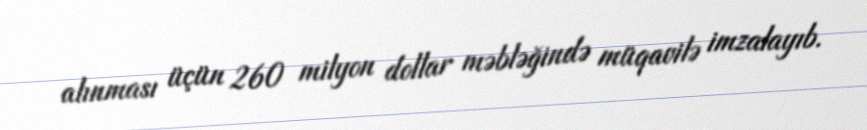
alınması üçün 260 milyon dollar məbləğində müqavilə imzalayıb.